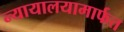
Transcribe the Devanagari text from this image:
न्यायालयामार्फत